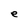
Character: e